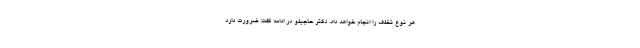
هر نوع تخلف را انجام خواهد داد. دکتر حاجیلو در ادامه گفت: ضرورت دارد